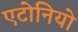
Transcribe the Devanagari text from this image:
एटोनियो